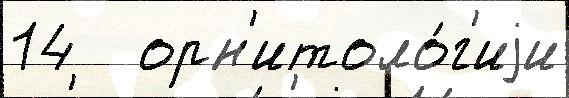
14   орн'итоло́г'иjи